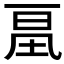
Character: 𰀔